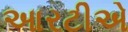
આરટીએ